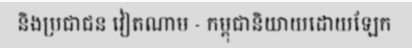
និងប្រជាជន វៀតណាម - កម្ពុជានិយាយដោយឡែក